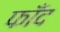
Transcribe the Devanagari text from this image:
फाँद